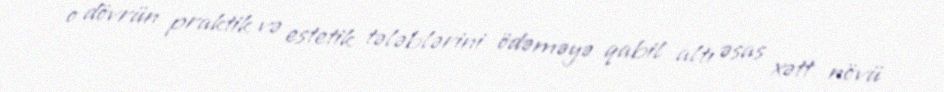
o dövrün praktik və estetik tələblərini ödəməyə qabil altı əsas xətt növü